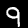
Label: 9